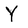
Character: Y